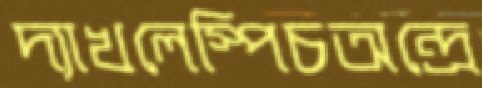
দ্যাখলেস্পিচঅন্দ্রে